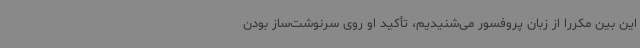
این بین مکررا از زبان پروفسور می‌شنیدیم، تأکید او روی سرنوشت‌ساز بودن